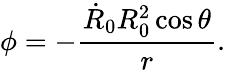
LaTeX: \phi=-\frac{\dot{R}_{0}R_{0}^{2}\cos\theta}{r}.